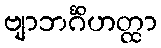
ဗျာဘင်္ဂိဟတ္ထာ